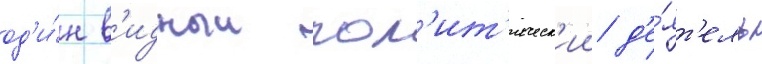
од'и́н в'идныи пол'ит'ическ'ии д'е́ят'ель